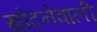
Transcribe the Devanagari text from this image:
खोदनेवाली